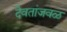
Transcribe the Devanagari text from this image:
देवतांजवळ